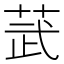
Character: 𫈓